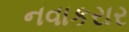
નવાકરાર